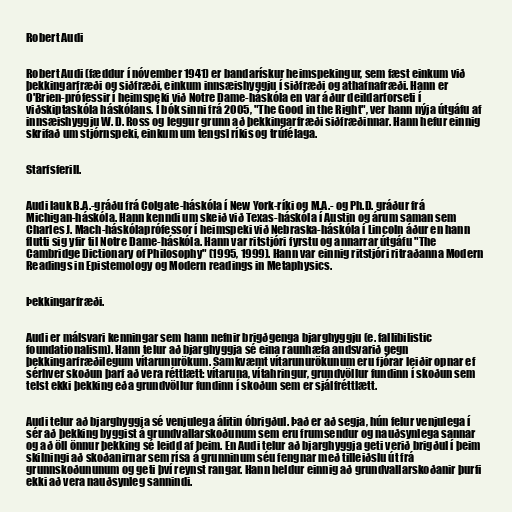
Robert Audi

Robert Audi (fæddur í nóvember 1941) er bandarískur heimspekingur, sem fæst einkum við
þekkingarfræði og siðfræði, einkum innsæishyggju í siðfræði og athafnafræði. Hann er
O'Brien-prófessir í heimspeki við Notre Dame-háskóla en var áður deildarforseti í
viðskiptaskóla háskólans. Í bók sinni frá 2005, "The Good in the Right", ver hann nýja útgáfu af
innsæishyggju W. D. Ross og leggur grunn að þekkingarfræði siðfræðinnar. Hann hefur einnig
skrifað um stjórnspeki, einkum um tengsl ríkis og trúfélaga.

Starfsferill.

Audi lauk B.A.-gráðu frá Colgate-háskóla í New York-ríki og M.A.- og Ph.D. gráður frá
Michigan-háskóla. Hann kenndi um skeið við Texas-háskóla í Austin og árum saman sem
Charles J. Mach-háskólaprófessor í heimspeki við Nebraska-háskóla í Lincoln áður en hann
flutti sig yfir til Notre Dame-háskóla. Hann var ritstjóri fyrstu og annarrar útgáfu "The
Cambridge Dictionary of Philosophy" (1995, 1999). Hann var einnig ritstjóri ritraðanna Modern
Readings in Epistemology og Modern readings in Metaphysics.

Þekkingarfræði.

Audi er málsvari kenningar sem hann nefnir brigðgenga bjarghyggju (e. fallibilistic
foundationalism). Hann telur að bjarghyggja sé eina raunhæfa andsvarið gegn
þekkingarfræðilegum vítarunurökum. Samkvæmt vítarunurökunum eru fjórar leiðir opnar ef
sérhver skoðun þarf að vera réttlætt: vítaruna, vítahringur, grundvöllur fundinn í skoðun sem
telst ekki þekking eða grundvöllur fundinn í skoðun sem er sjálfréttlætt.

Audi telur að bjarghyggja sé venjulega álitin óbrigðul. Það er að segja, hún felur venjulega í
sér að þekking byggist á grundvallarskoðunum sem eru frumsendur og nauðsynlega sannar
og að öll önnur þekking sé leidd af þeim. En Audi telur að bjarghyggja geti verið brigðul í þeim
skilningi að skoðanirnar sem rísa á grunninum séu fengnar með tilleiðslu út frá
grunnskoðununum og geti því reynst rangar. Hann heldur einnig að grundvallarskoðanir þurfi
ekki að vera nauðsynleg sannindi.